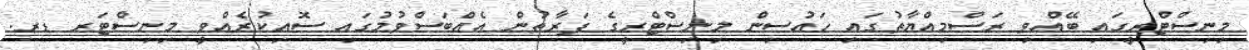
މިނިސްޓްރީގައި ބޭއްވި ރަސްމިއްޔާތުގައި ހައުސިން މިނިސްޓްރީގެ ފަރާތުން އެއްބަސްވުމުގައި ސޮއިކުރެއްވީ މިނިސްޓަރ ޑރ.